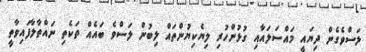
ލަސްވެގެން ދިޔައީ މައްސަލައާއި ގުޅުންހުރި ލިޔެކިޔުންތައް ލިބުން ލަސްވެ ބައެއް ތަކެތި ނައްތާލާފައިވާތީ